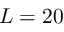
L = 2 0